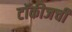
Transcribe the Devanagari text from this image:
टॉकीजची